Report on sanitation, dispensaries, and jails in Rajputana for 1909, and on vaccination for the year 1909-1910 - 1909-1910
Year: 1909
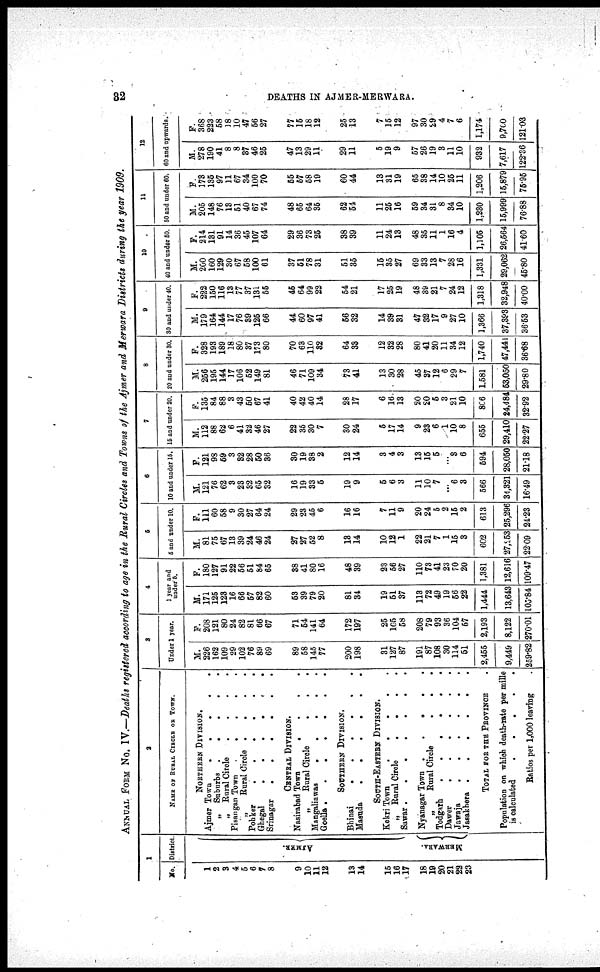
32
DEATHS IN AJMER-MERWARA.
ANNUAL FROM No. IV.—Deaths registered according to age in the Rural Circles and Towns of the Ajmer and Merwara Districts during the year 1909.
1
No.
1
2
3
4
5
6
7
8
9
10
11 12
13
14
15
16
17
18
19
20
21
22
23
District
AJMER.
MERWARA.
2
NAME OF RURAL CIRCLE OR TOWN.
NORTHERN DIVISION.
Ajmer Town
.
.
.
.
.
„ Suburbs .
.
.
.
.
„ Rural Circle
.
.
.
.
Pisangan Town
.
.
.
.
„Rural Circle .
.
.
.
Pohker
.
.
.
.
.
.
Ghegal
.
.
.
.
.
.
Srinagar
.
.
.
.
.
.
CENTRAL DIVISION.
Nasirabad Town
.
.
.
.
„ Rural Circle . . .
Mangaliawas
.
.
.
.
.
Goella.
.
.
.
.
.
.
SOUTHERN DIVISION.
Bhinai
.
.
.
.
.
.
Masuda
.
.
.
.
.
.
SOUTH-EASTERN DIVISION.
Kekri Town
.
.
.
.
.
„ Rural Circle
.
.
.
.
Sawar
.
.
.
.
.
.
Nyanagar Town .
.
.
.
.
„
Rural Circle
.
.
.
Todgarh
.
.
.
.
.
.
Dawer
.
.
.
.
.
.
Jawaja
.
.
.
.
.
.
Jasakhera .
.
.
.
.
.
TOTAL TOR THE PROVINCE .
Population on which death-rate per mille
is calculated
.
.
.
.
.
Ratios per 1,000 leaving .
3
Under 1 year.
M.
226
162
109
29
102
76
89
69
89
58
145
77
200
198
31
127
87
191
87
108
30
114
51
2,455
9,449
259.82
F.
208
1211
80
24
82
81
66
67
711
54
141
64
172
197
25
105
58
208
79
93
36
104
57
2,193
8,122
270.01
4
1 year and
under 5.
M.
171
125
123
16
66
57
82
60
53
39
79
20
81
34
19
51
37
113
72
49
19
56
22
1,444
13,643
105.84
F.
180
127
91
22
56
51
84
65
38
41
80
16
48
39
23
56
27
110
73
41
23
70
20
1,381
12,616
109.47
5
5 and under 10.
M.
81
75
67
13
39
24
46
24
27
27
52
8
13
14
10
12
1
22
21
7
1
15
3
602
27,253
22.09
F.
111
60
58
9
30
27
64
24
29
23
45
6
16
16
7
11
9
20
24
5
2
15
2
613
25,296
24.23
6
10 and under 15.
M.
121
76
62
3
23
32
65
32
16
19
33
5
19
9
5
6
3
11
10
7
...
6
3
566
34,321
16.49
F.
121
98
59
3
32
28
50
36
30
19
38
2
12
14
3
4
3
13
15
5
...
8
6
594
28,050
21.18
7
15 and under 20.
M.
112
88
62
6
41
32
46
27
22
35
30
7
30
24
5
17
14
9
23
6
1
10
8
655
29,410
22.27
F.
135
84
88
3
43
50
67
41
40
42
40
14
28
17
6
16
13
20
20
5
3
21
10
806
24,484
32.92
8
20 and under 30.
M.
256
195
144
17
106
52
149
81
46
71
109
34
73
41
13
30
28
45
37
12
6
29
7
1,581
53,050
29.80
F.
328
193
189
18
80
37
173
80
70
63
110
32
64
33
12
32
28
80
41
20
11
34
12
1,740
47,441
36.68
9
30 and under 40.
M.
179
164
144
17
76
39
125
66
44
60
97
41
56
32
14
39
31
47
32
17
9
27
10
1,366
37,393
36.53
F.
222
150
116
13
77
37
131
55
45
64
99
22
54
21
17
25
19
48
39
21
7
24
12
1,318
32,948
40.00
10
40 and under 50.
M.
200
160
129
30
67
58
100
61
37
51
78
31
51
35
15
35
27
69
33
13
7
28
16
1,331
29,062
45.80
F.
214
131
91
14
36
45
107
64
29
36
73
25
38
39
11
24
13
48
35
11
1
16
4
1,105
26,564
41.60
11
50 and under 60.
M.
205
148
76
13
51
40
67
74
48
65
64
35
62
54
11
25
16
59
34
31
8
34
10
1,230
15,999
76.88
F.
173
135
97
11
67
34
100
70
55
57
58
19
60
44
13
31
19
65
38
14
10
25
11
1,206
15,879
75.95
12
60 and upwards.
M.
278
190
41
8
8
37
46
25
47
13
29
11
29
11
5
19
9
57
26
19
3
11
10
932
7,617
122.36
F.
368
223
58
18
10
47
56
27
77
15
18
12
25
13
7
15
12
97
30
29
4
7
6
1,174
9,700
121.03